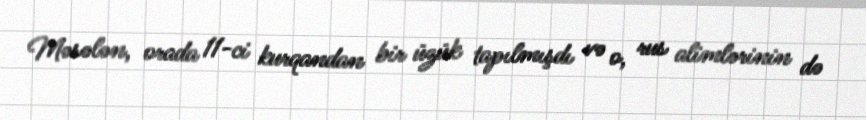
Məsələn, orada 11-ci kurqandan bir üzük tapılmışdı və o, rus alimlərinin də